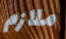
ملازم